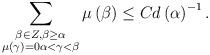
LaTeX: \begin{align*}\sum_{\substack{\beta\in Z,\beta\geq\alpha\\\mu\left( \gamma\right)=0\alpha<\gamma<\beta}}\mu\left( \beta\right) \leq Cd\left(\alpha\right) ^{-1}. \end{align*}